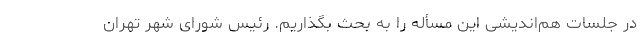
در جلسات هم‌اندیشی این مسأله را به بحث بگذاریم. رئیس شورای شهر تهران